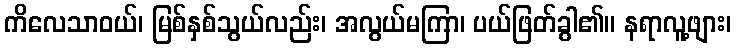
ကိလေသာဝယ်၊ မြစ်နှစ်သွယ်လည်း၊ အလွယ်မကြာ၊ ပယ်ဖြတ်ခွါ၏၊၊ နရာလူ့ဖျား၊